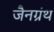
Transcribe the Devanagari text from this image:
जैनग्रंथ